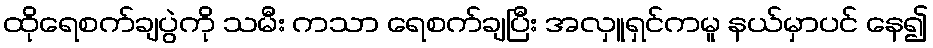
ထိုရေစက်ချပွဲကို သမီး ကသာ ရေစက်ချပြီး အလှူရှင်ကမူ နယ်မှာပင် နေ၍